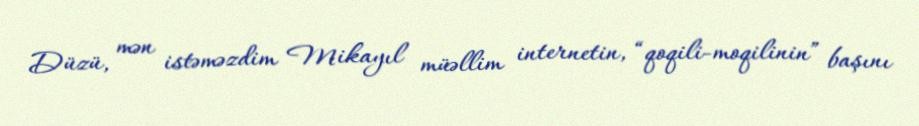
Düzü, mən istəməzdim Mikayıl müəllim internetin, “qoqili-moqilinin” başını